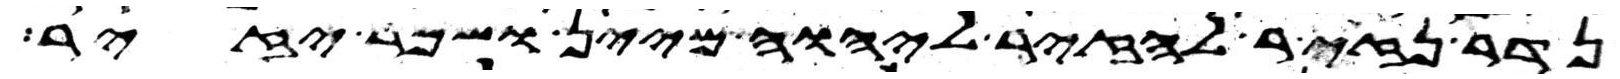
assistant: נדר נזיר להזיר ליהוה מיין ושכר יזיר